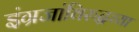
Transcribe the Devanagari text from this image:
इंग्रजांविरुद्धच्या